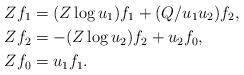
LaTeX: \begin{align*}Zf_1 & = (Z\log u_1)f_1 + (Q/u_1u_2)f_2,\\Zf_2 & = -(Z\log u_2)f_2 + u_2f_0,\\Zf_0 & = u_1f_1.\end{align*}